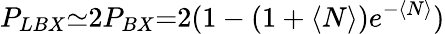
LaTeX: P_{LBX}{\simeq}2P_{BX}{=}2(1-(1+\langle N\rangle)e^{-\langle N\rangle})